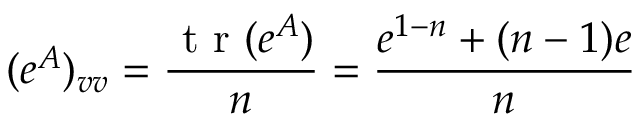
( e ^ { A } ) _ { v v } = \frac { \textrm { t r } ( e ^ { A } ) } { n } = \frac { e ^ { 1 - n } + ( n - 1 ) e } { n }